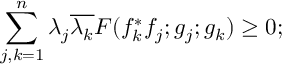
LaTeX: \sum _ { j , k = 1 } ^ { n } \lambda _ { j } \overline { { { \lambda _ { k } } } } { \cal F } ( f _ { k } ^ { * } f _ { j } ; g _ { j } ; g _ { k } ) \ge 0 ;